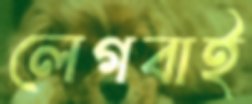
লেগবাই